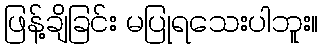
ဖြန့်ချိခြင်း မပြုရသေးပါဘူး။